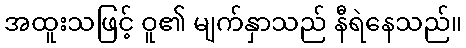
အထူးသဖြင့် ဝူ၏ မျက်နှာသည် နီရဲနေသည်။